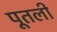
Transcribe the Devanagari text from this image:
पूतली